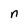
Character: n